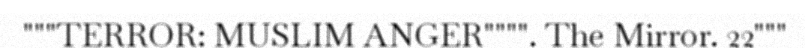
"""TERROR: MUSLIM ANGER"""". The Mirror. 22"""